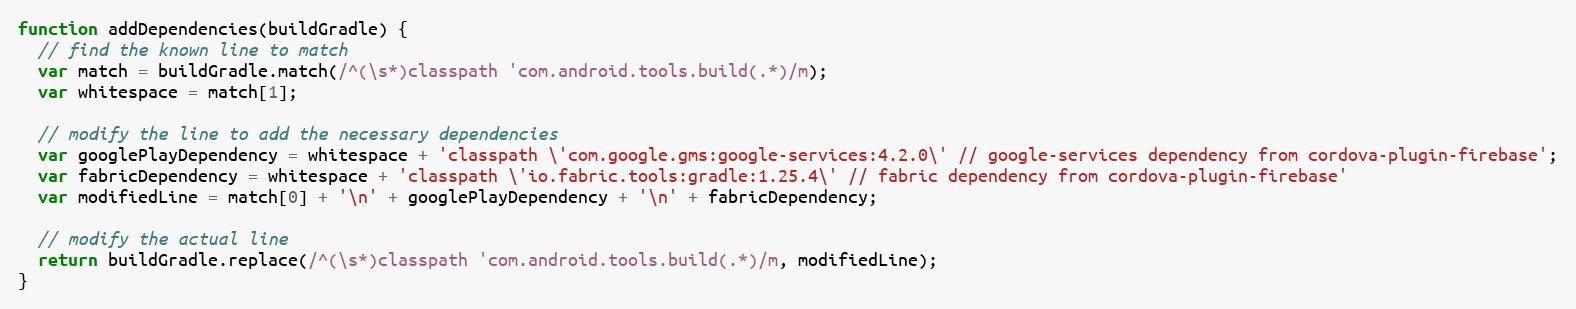
Language: JavaScript
function addDependencies(buildGradle) {
  // find the known line to match
  var match = buildGradle.match(/^(\s*)classpath 'com.android.tools.build(.*)/m);
  var whitespace = match[1];

  // modify the line to add the necessary dependencies
  var googlePlayDependency = whitespace + 'classpath \'com.google.gms:google-services:4.2.0\' // google-services dependency from cordova-plugin-firebase';
  var fabricDependency = whitespace + 'classpath \'io.fabric.tools:gradle:1.25.4\' // fabric dependency from cordova-plugin-firebase'
  var modifiedLine = match[0] + '\n' + googlePlayDependency + '\n' + fabricDependency;

  // modify the actual line
  return buildGradle.replace(/^(\s*)classpath 'com.android.tools.build(.*)/m, modifiedLine);
}